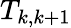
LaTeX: T_{k,k+1}